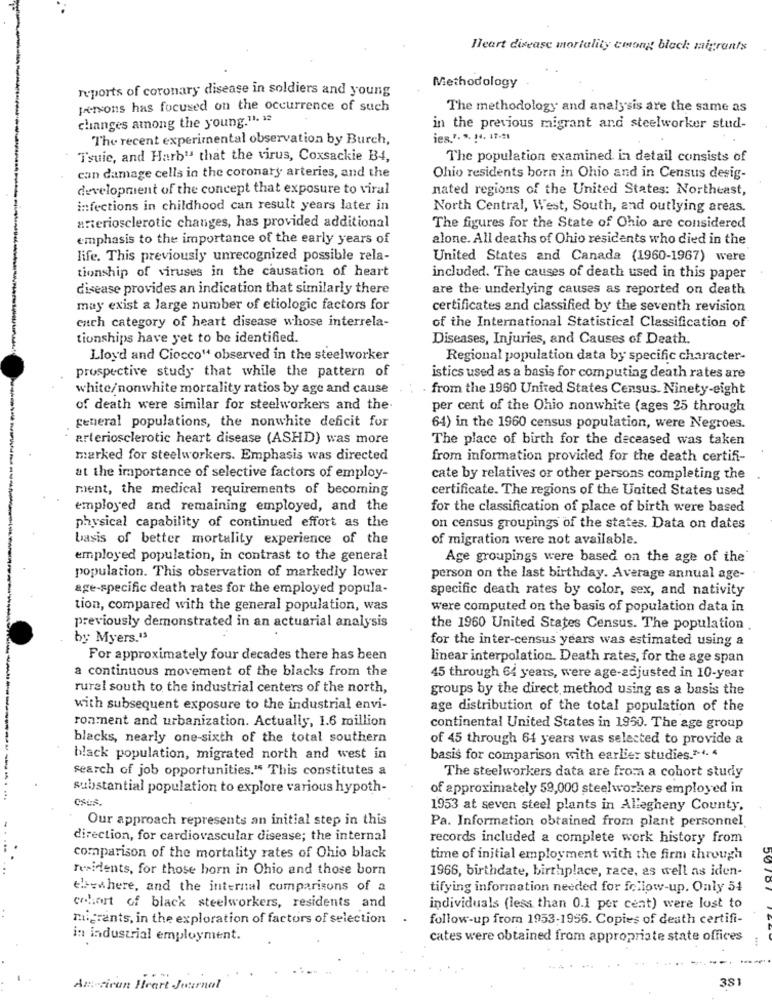
Heart disease mortality cmong black migrants
reports of coronary disease in soldiers and young
Methodology
persons has focused on the occurrence of such
The methodology and analysis are the same as
changes among the young."1. 13
in the previous migrant and steelworker stud-
The recent experimental observation by Burch,
ies.". ". 14. 17-21
Tsuie, and Harb" that the virus, Coxsackie B-4,
The population examined in detail consists of
can damage cells in the coronary arteries, and the
Ohio residents born in Ohio and in Census desig-
development of the concept that exposure to viral
nated regions of the United States: Northeast,
infections in childhood can result years later in
North Central, West, South, and outlying areas.
arteriosclerotic changes, has provided additional
The figures for the State of Ohio are considered
emphasis to the importance of the early years of
alone. All deaths of Ohio residents who died in the
life. This previously unrecognized possible rela-
United States and Canada (1960-1967) were
tionship of viruses in the causation of heart
included. The causes of death used in this paper
disease provides an indication that similarly there
are the underlying causes as reported on death
may exist a large number of etiologic factors for
certificates and classified by the seventh revision
each category of heart disease whose interrela-
of the International Statistical Classification of
tionships have yet to be identified.
Diseases, Injuries, and Causes of Death.
Lloyd and Ciocco" observed in the steelworker
Regional population data by specific character-
prospective study that while the pattern of
istics used as a basis for computing death rates are
white/nonwhite mortality ratios by age and cause
. from the 1960 United States Census. Ninety-eight
of death were similar for steelworkers and the
per cent of the Ohio nonwhite (ages 25 through
general populations, the nonwhite deficit for
64) in the 1960 census population, were Negroes.
arteriosclerotic heart disease (ASHD) was more
The place of birth for the deceased was taken
marked for steelworkers. Emphasis was directed
from information provided for the death certifi-
at the importance of selective factors of employ-
cate by relatives or other persons completing the
ment, the medical requirements of becoming
certificate. The regions of the United States used
employed and remaining employed, and the
for the classification of place of birth were based
physical capability of continued effort as the
on census groupings of the states. Data on dates
basis of better mortality experience of the
of migration were not available.
employed population, in contrast to the general
Age groupings were based on the age of the
population. This observation of markedly lower
person on the last birthday. Average annual age-
age-specific death rates for the employed popula-
specific death rates by color, sex, and nativity
tion, compared with the general population, was
were computed on the basis of population data in
previously demonstrated in an actuarial analysis
the 1960 United States Census. The population .
by Myers.13
for the inter-census years was estimated using a
For approximately four decades there has been
linear interpolation. Death rates, for the age span
a continuous movement of the blacks from the
45 through 64 years, were age-adjusted in 10-year
rural south to the industrial centers of the north,
groups by the direct method using as a basis the
with subsequent exposure to the industrial envi-
age distribution of the total population of the
ronment and urbanization. Actually, 1.6 million
continental United States in 1950. The age group
blacks, nearly one-sixth of the total southern
of 45 through 64 years was selected to provide a
black population, migrated north and west in
basis for comparison with earlier studies."-4. 4
search of job opportunities." This constitutes a
The steelworkers data are from a cohort study
substantial population to explore various hypoth-
of approximately 59,000 steelworkers employed in
-----------.
1953 at seven steel plants in Allegheny County,
Our approach represents an initial step in this
Pa. Information obtained from plant personnel
direction, for cardiovascular disease; the internal
records included a complete work history from
comparison of the mortality rates of Ohio black
time of initial employment with the firm through
residents, for those horn in Ohio and those born
1966, birthdate, birthplace, race, as well as iden-
thewhere, and the internal comparisons of a
tifying information needed for follow-up. Only 54
cohort of black steelworkers, residents and
individuals (less than 0.1 per cent) were lost to
migrants, in the exploration of factors of selection
follow-up from 1953-1956. Copies of death certifi-
in industrial employment.
cates were obtained from appropriate state offices
381
Az tiran Heart Jaternal